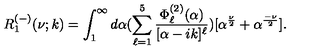
R _ { 1 } ^ { ( - ) } ( \nu ; k ) = \int _ { 1 } ^ { \infty } d \alpha ( \sum _ { \ell = 1 } ^ { 5 } \frac { \Phi _ { \ell } ^ { ( 2 ) } ( \alpha ) } { [ \alpha - i k ] ^ { \ell } } ) [ \alpha ^ { \frac { \nu } { 2 } } + \alpha ^ { \frac { - \nu } { 2 } } ] .